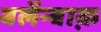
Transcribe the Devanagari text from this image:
बर्लेन्बाक़